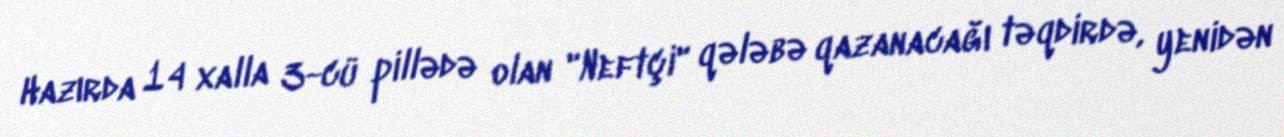
Hazırda 14 xalla 3-cü pillədə olan "Neftçi" qələbə qazanacağı təqdirdə, yenidən